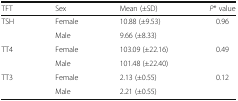
| TFT | Sex | Mean (±SD) | P* value |
 | --- | --- | --- | --- |
 | <ROWSPAN=2> TSH | Female | 10.88 (±9.53) | <ROWSPAN=2> 0.96 |
 | Male | 9.66 (±8.33) |
 | <ROWSPAN=2> TT4 | Female | 103.09 (±22.16) | <ROWSPAN=2> 0.49 |
 | Male | 101.48 (±22.40) |
 | <ROWSPAN=2> TT3 | Female | 2.13 (±0.55) | <ROWSPAN=2> 0.12 |
 | Male | 2.21 (±0.55) |